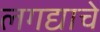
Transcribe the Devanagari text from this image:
लगद्याचे